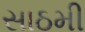
સાઠમી